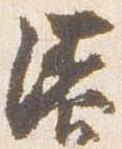
漆